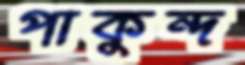
পাকুন্দ